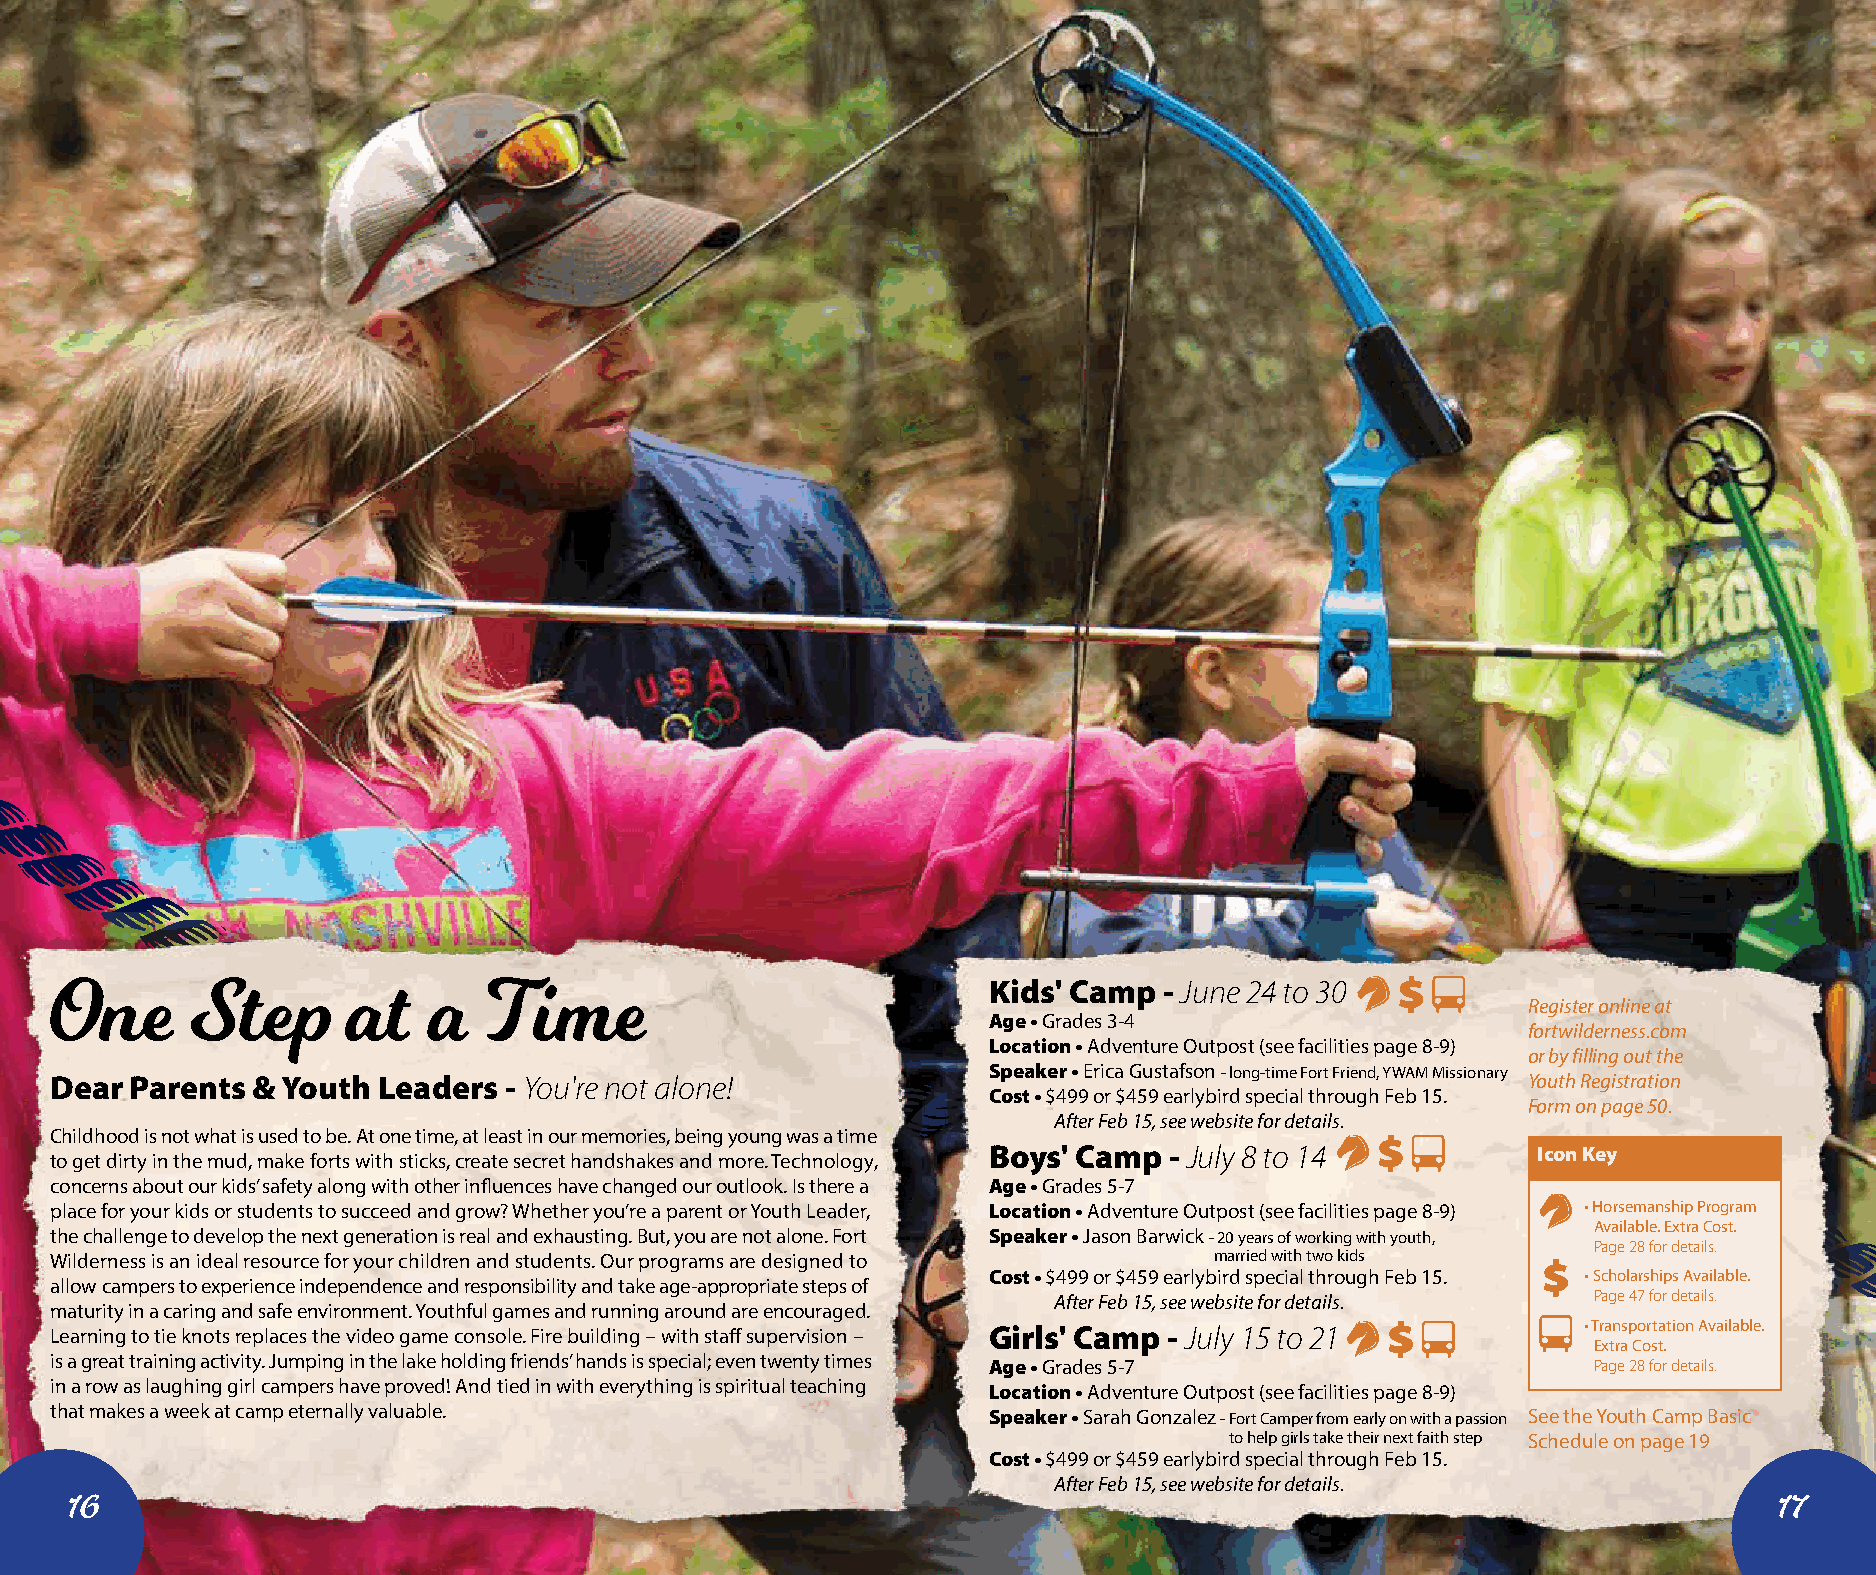
Kids' Camp  - June 24 to 30
 One       Step      at   a   T  ime                                                               Register online at
 Age • Grades 3-4
 fortwilderness.com
 Location • Adventure Outpost (see facilities page 8-9)
 or by filling out the
 Speaker • Erica Gustafson - long-time Fort Friend, YWAM Missionary
 Dear  Parents & Youth Leaders - You're not alone!                                                 Youth Registration
 Cost • $499 or $459 earlybird special through Feb 15.
 Form on page 50.
 After Feb 15, see website for details.
 Childhood is not what is used to be. At one time, at least in our memories, being young was a time
 Boys' Camp  - July 8 to 14           Icon Key
 to get dirty in the mud, make forts with sticks, create secret handshakes and more. Technology,
 concerns about our kids’ safety along with other influences have changed our outlook. Is there a Age • Grades 5-7
 place for your kids or students to succeed and grow? Whether you’re a parent or Youth Leader, Location • Adventure Outpost (see facilities page 8-9) • Horsemanship Program
 Available. Extra Cost.
 the challenge to develop the next generation is real and exhausting. But, you are not alone. Fort Speaker • Jason Barwick - 20 years of working with youth,
 Page 28 for details.
 Wilderness is an ideal resource for your children and students. Our programs are designed to married with two kids
 Cost • $499 or $459 earlybird special through Feb 15. • Scholarships Available.
 allow campers to experience independence and responsibility and take age-appropriate steps of
 After Feb 15, see website for details. Page 47 for details.
 maturity in a caring and safe environment. Youthful games and running around are encouraged.
 • Transportation Available.
 Learning to tie knots replaces the video game console. Fire building – with staff supervision – Girls' Camp - July 15 to 21
 Extra Cost.
 is a great training activity. Jumping in the lake holding friends’ hands is special; even twenty times Age • Grades 5-7 Page 28 for details.
 in a row as laughing girl campers have proved! And tied in with everything is spiritual teaching
 Location • Adventure Outpost (see facilities page 8-9)
 that makes a week at camp eternally valuable.                 Speaker • Sarah Gonzalez - Fort Camper from early on with a passion See the Youth Camp Basic
 to help girls take their next faith step Schedule on page 19
 Cost • $499 or $459 earlybird special through Feb 15.
 After Feb 15, see website for details.
 16                                                                                                               17